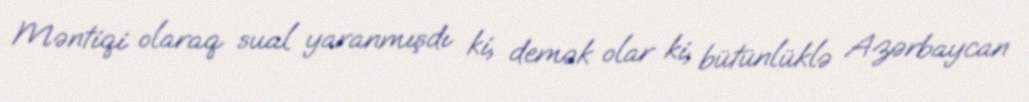
Məntiqi olaraq sual yaranmışdı ki, demək olar ki, bütünlüklə Azərbaycan